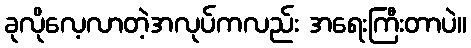
ခုလိုလေ့လာတဲ့အလုပ်ကလည်း အရေးကြီးတာပဲ။